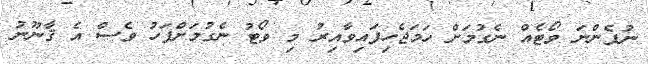
ނުފެންނަ ވޯޓެއް ނެގުމަށް ހަމަޖެހިފައިވާއިރު މި ވޯޓު ނެގުމަށްފަހު ވެސް އެ ޤާނޫނު